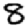
Digit: 8